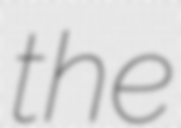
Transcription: the